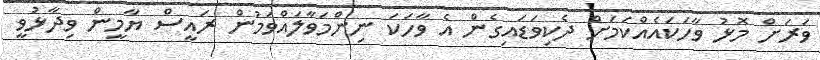
ވަރަށް މޮޅު ވާހަކައެއްކަމަށް ދެކިވަޑައިގެން އެ ވާހަކަ ނިންމަވާލައްވަމުން ރައީސް ޔާމީން ވިދާޅުވީ